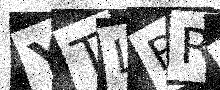
Text: YTLBRL